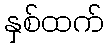
နှစ်ထက်